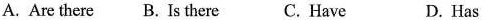
A. Are there B. Is there C. Have D. Has